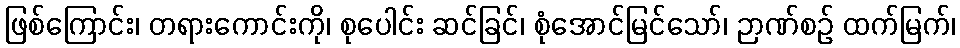
ဖြစ်ကြောင်း၊ တရားကောင်းကို၊ စုပေါင်း ဆင်ခြင်၊ စုံအောင်မြင်သော်၊ ဉာဏ်စဉ် ထက်မြက်၊